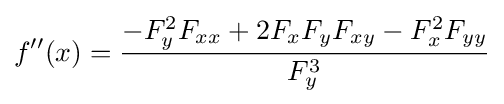
f''(x)={\frac {-F_{y}^{2}F_{xx}+2F_{x}F_{y}F_{xy}-F_{x}^{2}F_{yy}}{F_{y}^{3}}}